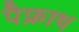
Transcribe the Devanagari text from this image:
पैफ्राथ